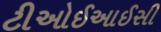
ટીઓઈઆઈસી